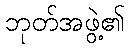
ဘုတ်အဖွဲ့၏